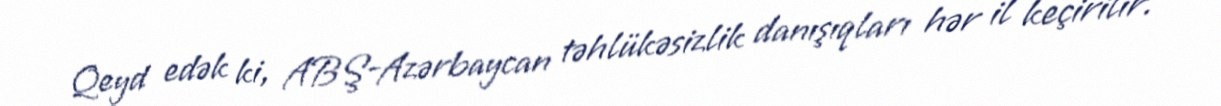
Qeyd edək ki, ABŞ-Azərbaycan təhlükəsizlik danışıqları hər il keçirilir.